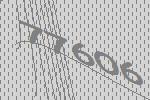
77606